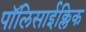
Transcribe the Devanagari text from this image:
पॉलिसाईक्लिक